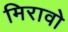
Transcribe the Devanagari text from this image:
मिरावो